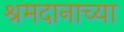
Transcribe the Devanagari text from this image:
श्रमदानाच्या